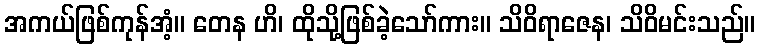
အကယ်ဖြစ်ကုန်အံ့။ တေန ဟိ၊ ထိုသို့ဖြစ်ခဲ့သော်ကား။ သိဝိရာဇေန၊ သိဝိမင်းသည်။